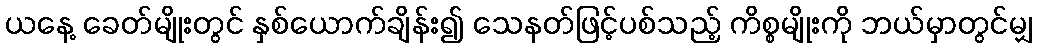
ယနေ့ ခေတ်မျိုးတွင် နှစ်ယောက်ချိန်း၍ သေနတ်ဖြင့်ပစ်သည့် ကိစ္စမျိုးကို ဘယ်မှာတွင်မျှ